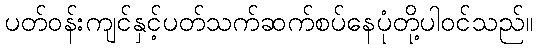
ပတ်ဝန်းကျင်နှင့်ပတ်သက်ဆက်စပ်နေပုံတို့ပါဝင်သည်။